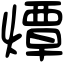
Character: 燂